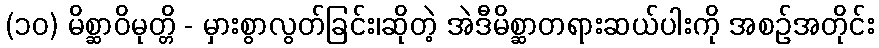
(၁၀) မိစ္ဆာဝိမုတ္တိ - မှားစွာလွတ်ခြင်း၊ဆိုတဲ့ အဲဒီမိစ္ဆာတရားဆယ်ပါးကို အစဉ်အတိုင်း